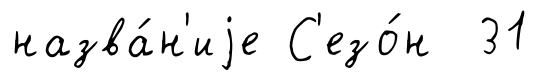
назва́н'иjе С'езо́н 31